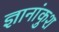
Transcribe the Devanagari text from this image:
ज्ञानांकुश